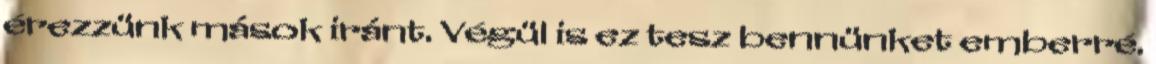
érezzünk mások iránt. Végül is ez tesz bennünket emberré.